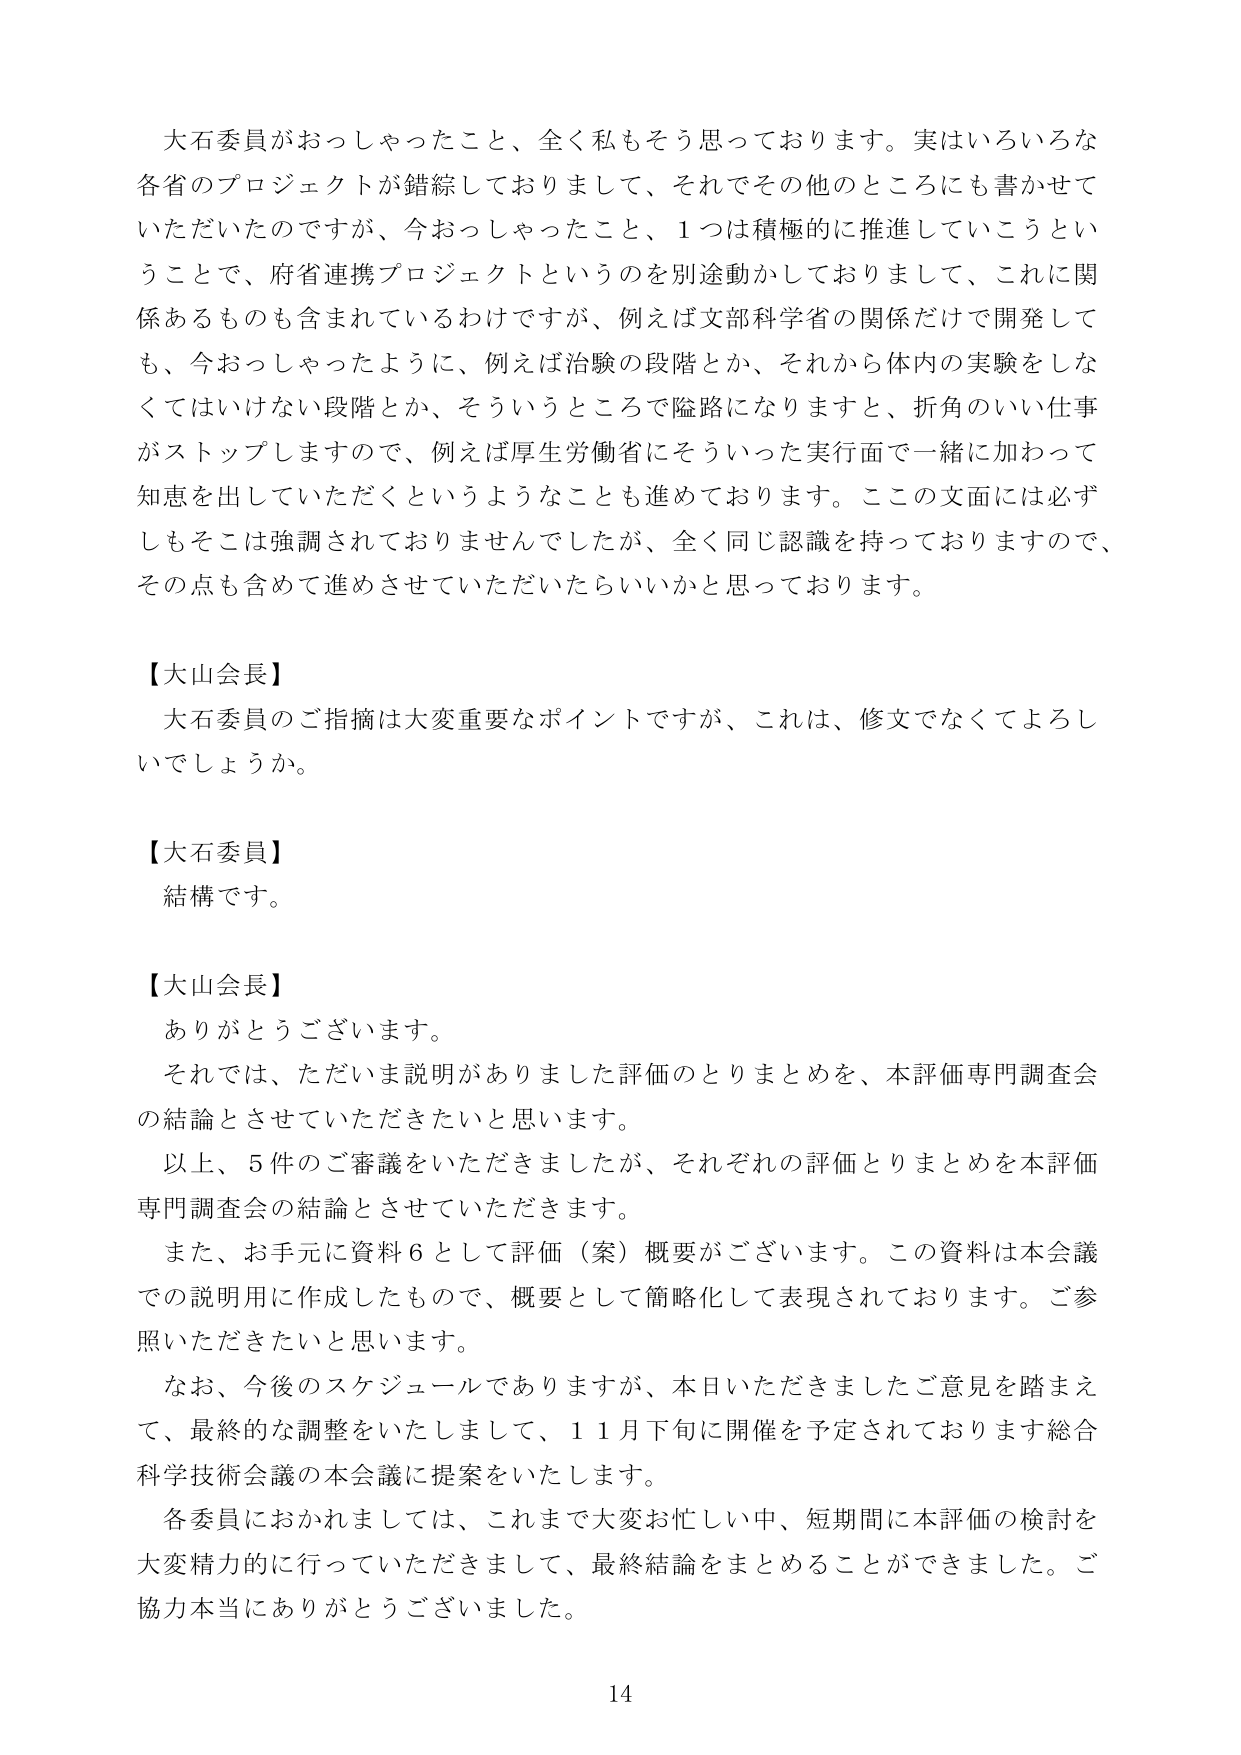
大石委員がおっしゃったこと、全く私もそう思っております。実はいろいろな各省のプロジェクトが錯綜しておりまして、それでその他とのところにも書かせていただいたのですが、今おっしゃったこと、1つは積極的に推進していこうということで、府省連携プロジェクトというのを別途動かしておりまして、これに関係あるものも含まれているわけですが、例えば文部科学省の関係だけで開発しても、今おっしゃったように、例えば治験の段階とか、それから体内の実験をしなくてはいけない段階とか、そういうところで隘路になりますと、折角のいい仕事がストップしますので、例えば厚生労働省にそういった実行面で一緒に加わって知恵を出していただくというようなことも進めております。この文面には必ずしもそこは強調されておりませんでしたが、全く同じ認識を持っておりますので、その点も含めて進めさせていただいたらいかと思っております。

【大山会長】
大石委員のご指摘は大変重要なポイントですが、これは、修文でなくてよろしいでしょうか。

【大石委員】
結構です。

【大山会長】
ありがとうございます。
それでは、ただいま説明がありました評価のとりまとめを、本評価専門調査会の結論とさせていただきたいと思います。
以上、5件のご審議をいただきましたが、それぞれの評価とりまとめを本評価専門調査会の結論とさせていただきます。
また、お手元に資料6として評価（案）概要がございます。この資料は本会議での説明用に作成したもので、概要として簡略化して表現されております。ご参照いただきたいと思います。
なお、今後のスケジュールでありますが、本日いただきましたご意見を踏まえて、最終的な調整をいたしまして、11月下旬に開催を予定されております総合科学技術会議の本会議に提案をいたします。
各委員におかれましては、これまで大変お忙しい中、短期間に本評価の検討を大変精力的に行っていただきまして、最終結論をまとめることが出来ました。ご協力本当にありがとうございました。

14